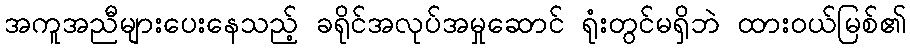
အကူအညီများပေးနေသည့် ခရိုင်အလုပ်အမှုဆောင် ရုံးတွင်မရှိဘဲ ထားဝယ်မြစ်၏